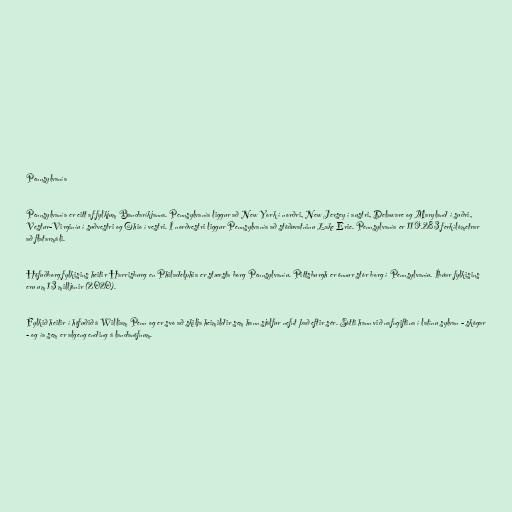
Pennsylvanía

Pennsylvanía er eitt af fylkjum Bandaríkjanna. Pennsylvanía liggur að New York í norðri, New Jersey í austri, Delaware og Maryland í suðri,
Vestur-Virginíu í suðvestri og Ohio í vestri. Í norðvestri liggur Pennsylvanía að stöðuvatninu Lake Erie. Pennsylvanía er 119.283 ferkílómetrar
að flatarmáli.

Höfuðborg fylkisins heitir Harrisburg en Philadelphia er stærsta borg Pennsylvaníu. Pittsburgh er önnur stór borg í Pennsylvaníu. Íbúar fylkisins
eru um 13 milljónir (2020).

Fylkið heitir í höfuðið á William Penn og er svo að skilja heimildir sem hann sjálfur nefnt það eftir sér. Sótti hann við nafngiftina í latínu sylvan - skógar
- og ía sem er algeng ending á landanöfnum.